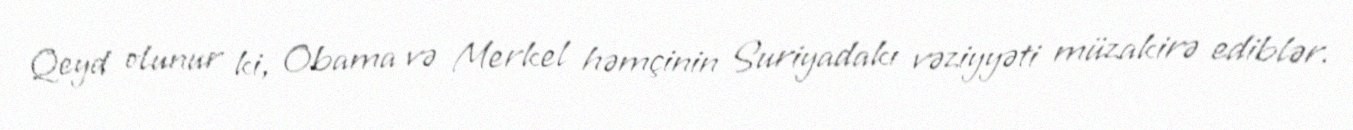
Qeyd olunur ki, Obama və Merkel həmçinin Suriyadakı vəziyyəti müzakirə ediblər.